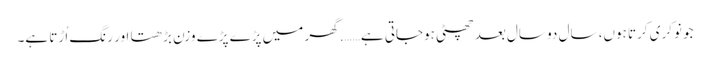
جو نوکری کرتا ہوں، سال دو سال بعد چھٹی ہوجاتی ہے……. گھر میں پڑے پڑے وزن بڑھتا اور رنگ اُڑتا ہے۔